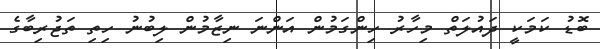
ބޮޑު ކަމަކީ ދައުލަތް މިހާރު ހިންގަމުން އަންނަ ނިޒާމުން ލިބުނު ހިތި ތަޖުރިބާގެ